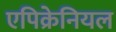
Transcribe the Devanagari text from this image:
एपिक्रेनियल